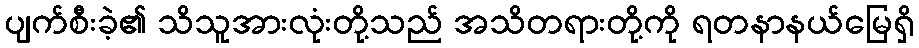
ပျက်စီးခဲ့၏ သိသူအားလုံးတို့သည် အသိတရားတို့ကို ရတနာနယ်မြေရှိ